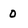
Character: o